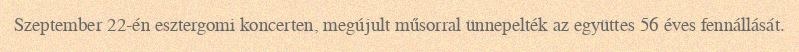
Szeptember 22-én esztergomi koncerten, megújult műsorral ünnepelték az együttes 56 éves fennállását.